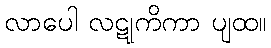
လာပေါ လဋုကိကာ ပျထ။